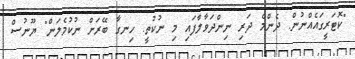
"ކޮޓަރީގައެއްނުން. ދެންމެ ދަރި ނިންދަވާލާފައި މި ނުކުތީ. ހިނގާ ބޭރަށް ނުކުމެލަން" ޔޫނުސް